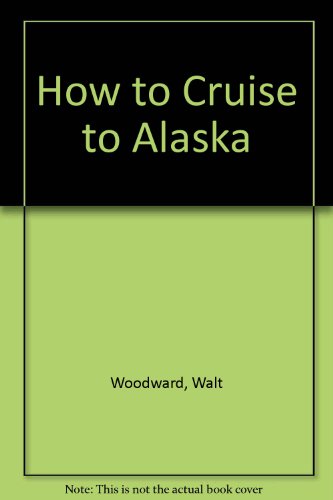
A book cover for How to Cruise to Alaska (Olympia to Skagway) Without Rocking the Boat Too Much!; Walt Woodward; Travel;